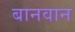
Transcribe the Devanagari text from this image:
बानवान